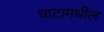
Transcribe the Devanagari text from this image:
घाटामधील